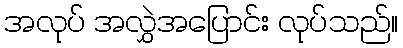
အလုပ် အလွှဲအပြောင်း လုပ်သည်။